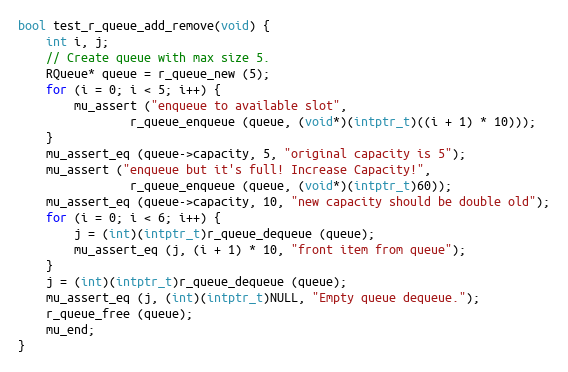
Language: C
bool test_r_queue_add_remove(void) {
	int i, j;
	// Create queue with max size 5.
	RQueue* queue = r_queue_new (5);
	for (i = 0; i < 5; i++) {
		mu_assert ("enqueue to available slot",
				r_queue_enqueue (queue, (void*)(intptr_t)((i + 1) * 10)));
	}
	mu_assert_eq (queue->capacity, 5, "original capacity is 5");
	mu_assert ("enqueue but it's full! Increase Capacity!",
				r_queue_enqueue (queue, (void*)(intptr_t)60));
	mu_assert_eq (queue->capacity, 10, "new capacity should be double old");
	for (i = 0; i < 6; i++) {
		j = (int)(intptr_t)r_queue_dequeue (queue);
		mu_assert_eq (j, (i + 1) * 10, "front item from queue");
	}
	j = (int)(intptr_t)r_queue_dequeue (queue);
	mu_assert_eq (j, (int)(intptr_t)NULL, "Empty queue dequeue.");
	r_queue_free (queue);
	mu_end;
}